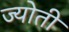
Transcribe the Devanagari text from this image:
ज्‍योती